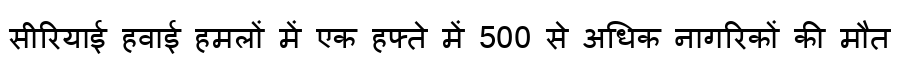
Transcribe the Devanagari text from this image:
सीरियाई हवाई हमलों में एक हफ्ते में 500 से अधिक नागरिकों की मौत